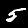
Label: 5